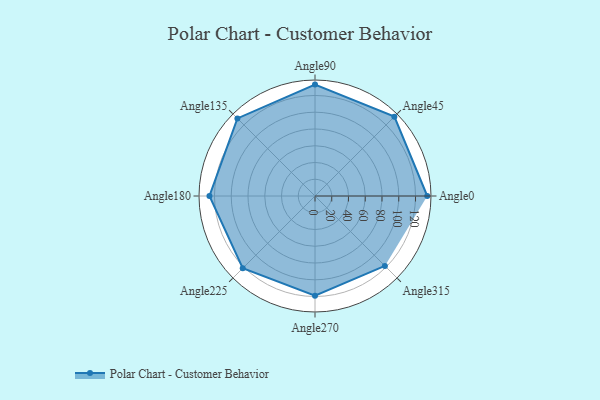
{"axis": {"x": "Angle", "y": "Radius"}, "legend": [""], "data": [{"x": "Angle0", "y": 134.0, "type": ""}, {"x": "Angle45", "y": 134.0, "type": ""}, {"x": "Angle90", "y": 133.0, "type": ""}, {"x": "Angle135", "y": 131.0, "type": ""}, {"x": "Angle180", "y": 126.0, "type": ""}, {"x": "Angle225", "y": 122.0, "type": ""}, {"x": "Angle270", "y": 119.0, "type": ""}, {"x": "Angle315", "y": 118.0, "type": ""}]}